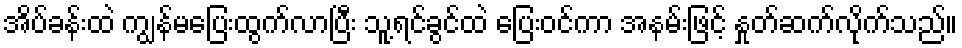
အိပ်ခန်းထဲ ကျွန်မပြေးထွက်လာပြီး သူ့ရင်ခွင်ထဲ ပြေးဝင်ကာ အနမ်းဖြင့် နှုတ်ဆက်လိုက်သည်။